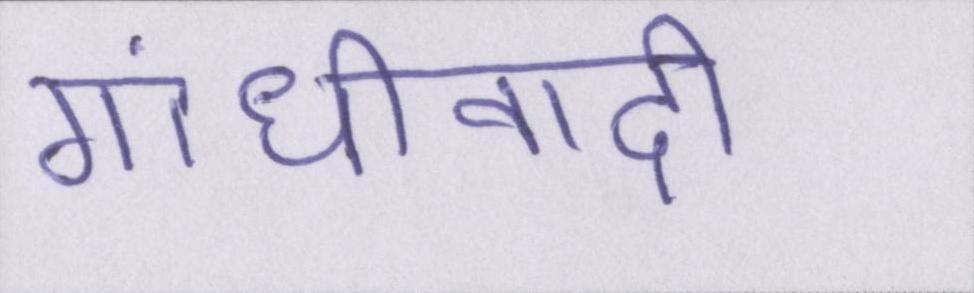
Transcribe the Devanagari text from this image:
गांधीवादी